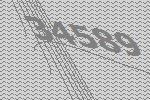
34589